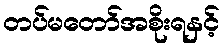
တပ်မတော်အစိုးရနှင့်